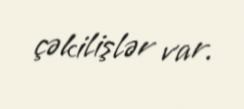
çəkilişlər var.